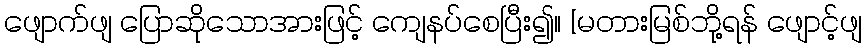
ဖျောက်ဖျ ပြောဆိုသောအားဖြင့် ကျေနပ်စေပြီး၍။ [မတားမြစ်ဘို့ရန် ဖျောင့်ဖျ